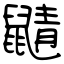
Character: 鼱